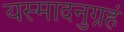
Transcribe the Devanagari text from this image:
यस्मादनुग्रहं